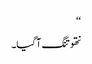
‘‘
نتھو تنگ آگیا۔